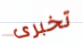
تخبرى